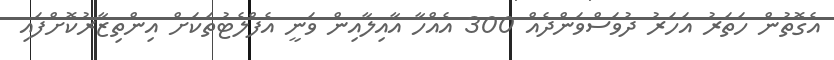
އެގޮތުން ހަތަރު އަހަރު ދުވަސްވަންދެއް 300 އެއްހާ އާއިލާއިން ވަނީ އެފްލެޓުތަކަށް އިންތިޒާރުކޮށްފައި